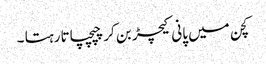
کچن میں پانی کیچڑ بن کر چپچپاتا رہتا ۔